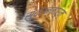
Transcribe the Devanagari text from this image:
सुंदरन्मारुम्